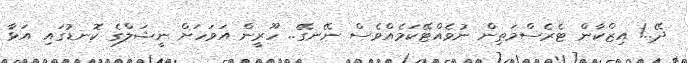
ދޭ..! އިޒްކާން ޓެރެސްމަތިން ނުވެއްޓޭކަމެއްވެސް ނޭނގޭ.. ހޫރީން އަވަހަށް ނީޝަލްގެ ކޮނޑުގައި އަޅާ